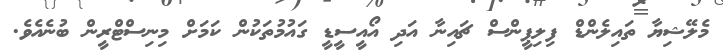
މެލޭޝިޔާ ތައިލެންޑް ފިލިޕީންސް ޗައިނާ އަދި އޯއީސީޑީ ގައުމުތަކުން ކަމަށް މިނިސްޓްރީން ބުނެއެވެ.